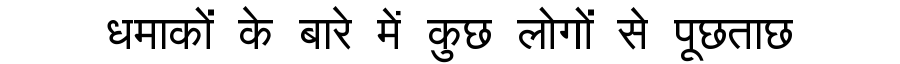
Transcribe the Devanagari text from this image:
धमाकों के बारे में कुछ लोगों से पूछताछ